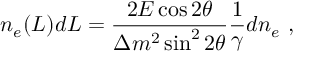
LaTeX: n _ { e } ( L ) d L = { \frac { 2 E \cos 2 \theta } { \Delta m ^ { 2 } \sin ^ { 2 } 2 \theta } } { \frac { 1 } { \gamma } } d n _ { e } ~ ,